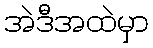
အဲဒီအထဲမှာ